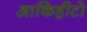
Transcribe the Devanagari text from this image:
आकिहीटो